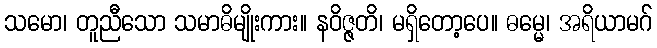
သမော၊ တူညီသော သမာဓိမျိုးကား။ နဝိဇ္ဇတိ၊ မရှိတော့ပေ။ ဓမ္မေ၊ အရိယာမဂ်